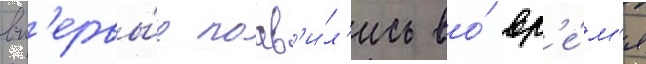
вп'ервы́е поав'и́л'ись во́ вр'е́м'я